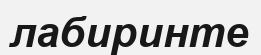
лабиринте